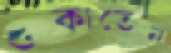
শুকাতেন